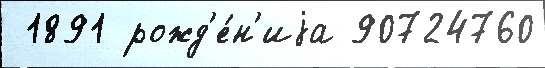
 1891 рожд'е́н'иjа 90724760